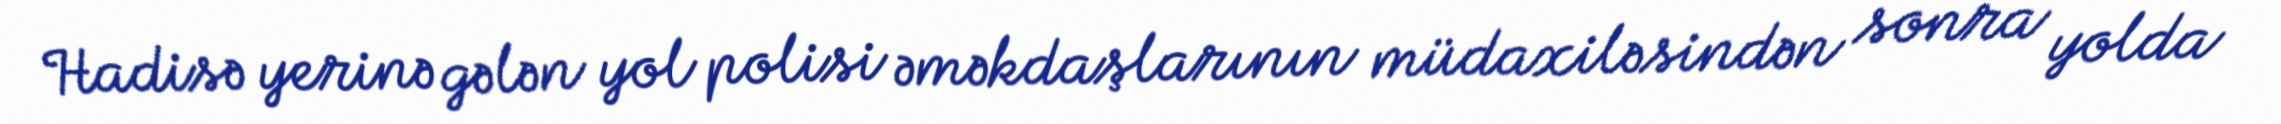
Hadisə yerinə gələn yol polisi əməkdaşlarının müdaxiləsindən sonra yolda